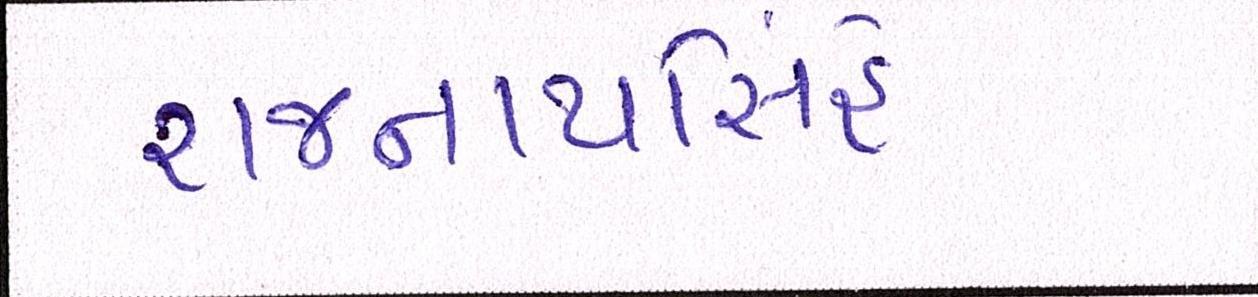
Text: રાજનાથસિંહે